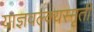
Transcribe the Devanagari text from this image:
याज्ञवल्क्यस्मृती